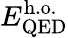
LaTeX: E_{\mathrm{QED}}^{\mathrm{h.o.}}